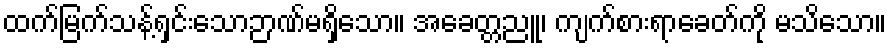
ထက်မြက်သန့်ရှင်းသောဉာဏ်မရှိသော။ အခေတ္တညူ၊ ကျက်စားရာခေတ်ကို မသိသော။